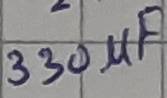
Text: 330µF